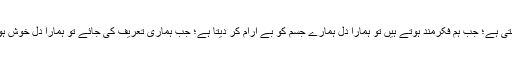
اگر کسی شخص کی بے عزتی کی جائے تو دل کو ٹھیس پہنچتی ہے؛ جب ہم فکرمند ہوتے ہیں تو ہمارا دل ہمارے جسم کو بے آرام کر دیتا ہے؛ جب ہماری تعریف کی جائے تو ہمارا دل خوش ہوتا ہے؛ اور دل ہی ہے جہاں ہمارے تمام راز پنہاں ہوتے ہیں۔